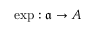
\exp : { \mathfrak { a } } \to A